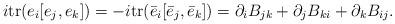
LaTeX: \begin{align*}\hskip 15pt i \mbox{tr}(e_i[e_j,e_k])= -i \mbox{tr}(\bar e_i[\bar e_j,\bar e_k]) =\partial_i B_{jk} + \partial_j B_{ki} +\partial_k B_{ij}.\end{align*}